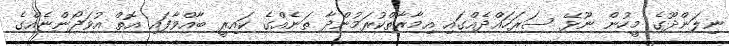
ނިލަންދޫގެ މީހުން ނޫޅޭ ސަރަހައްދެއްގައި އިމާރާތްކުރަމުންދާ ތަނެއްގެ ކައިރީ ބާއްވާފައި އޮތް އުވަދޯންޏެއްގެ